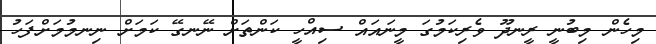
މިހެން މިބުނީ ރީނދޫ ވެރިކަމުގަ މީނައައް ސިއްހީ ކަންތަށް ނޭނގޭ ކަމަށް ނިނމުމަށްފަހު